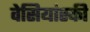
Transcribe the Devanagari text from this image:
वेसियांस्की